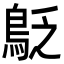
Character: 𪀐